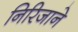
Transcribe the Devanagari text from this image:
निरिजाने